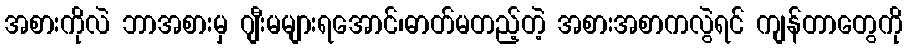
အစားကိုလဲ ဘာအစားမှ ဂျီးမများရအောင်၊ဓာတ်မတည့်တဲ့ အစားအစာကလွဲရင် ကျန်တာတွေကို